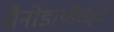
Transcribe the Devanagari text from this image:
ग्रैनोडायोराइट